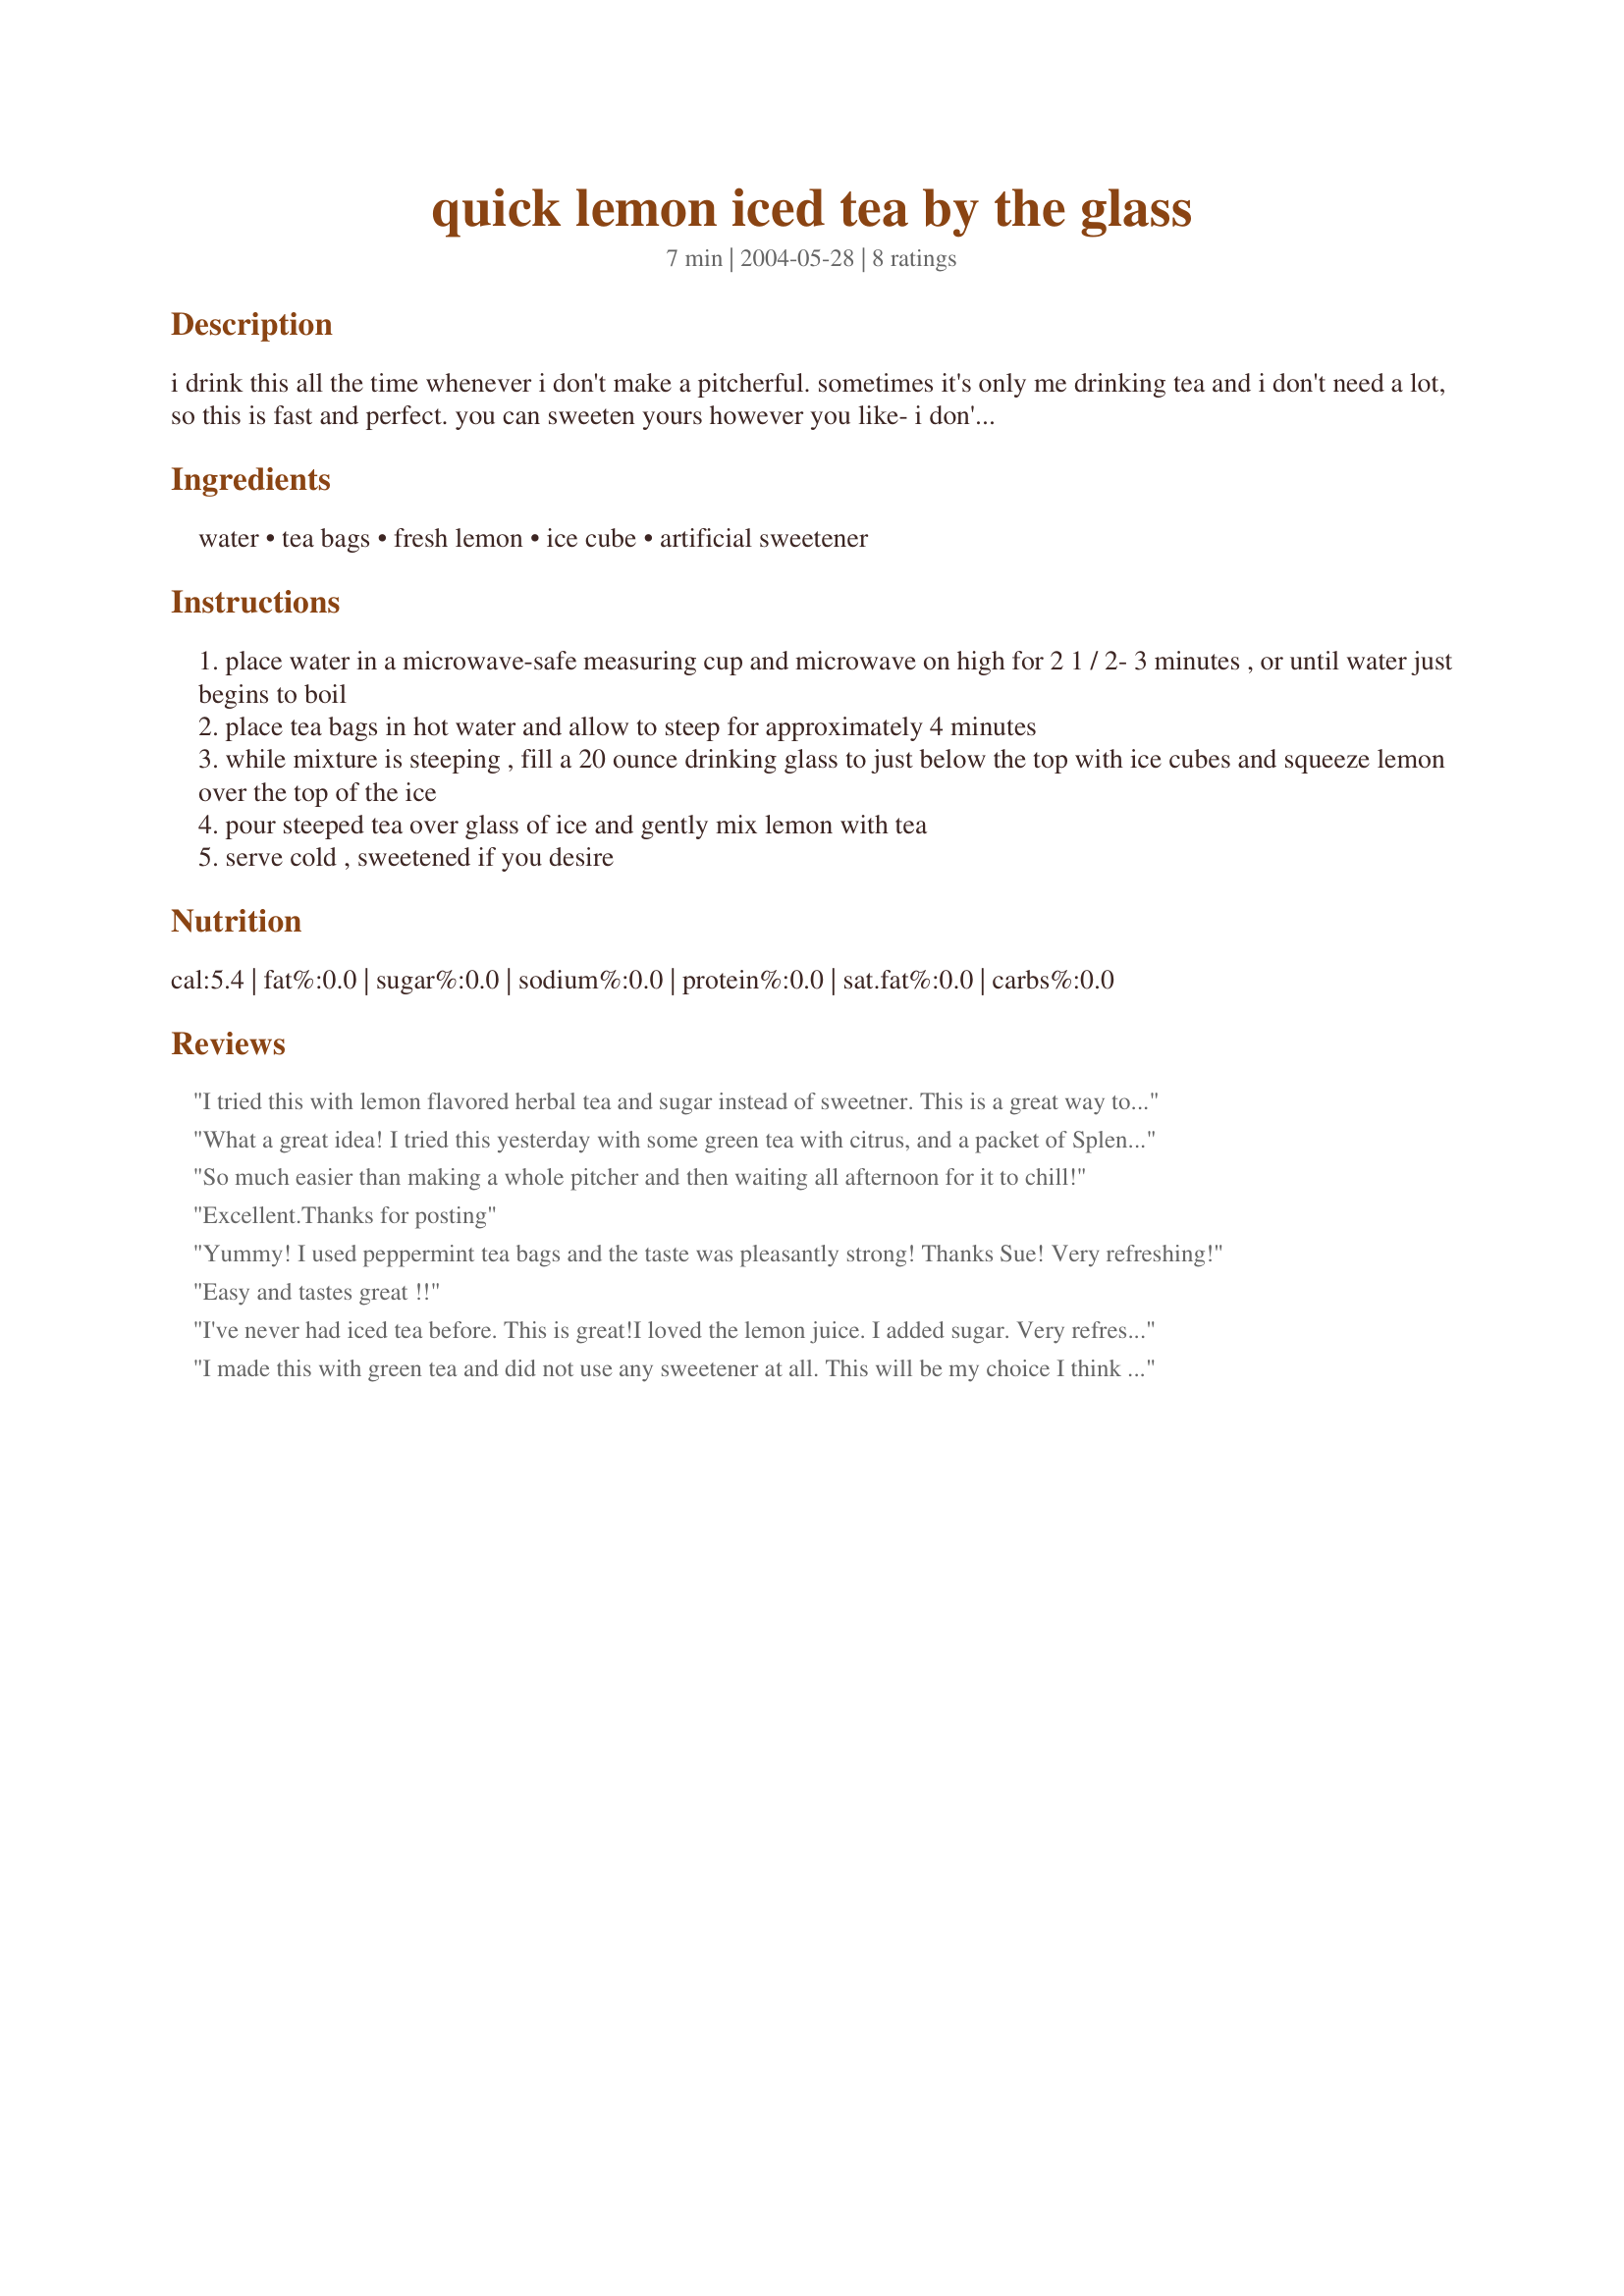
quick lemon iced tea by the glass
Preparation time: 7 minutes

i drink this all the time whenever i don't make a pitcherful. sometimes it's only me drinking tea and i don't need a lot, so this is fast and perfect. you can sweeten yours however you like- i don't. i also like this much lemon, but you can use a little less if you like a milder lemon taste. i use luzianne (black) tea, but sometimes i mix one of the tea bags up with an herbal, flavored tea, like blackberry.

Ingredients:
water, tea bags, fresh lemon, ice cube, artificial sweetener

Steps:
place water in a microwave-safe measuring cup and microwave on high for 2 1 / 2- 3 minutes , or until water just begins to boil
place tea bags in hot water and allow to steep for approximately 4 minutes
while mixture is steeping , fill a 20 ounce drinking glass to just below the top with ice cubes and squeeze lemon over the top of the ice
pour steeped tea over glass of ice and gently mix lemon with tea
serve cold , sweetened if you desire

Reviews:
I tried this with lemon flavored herbal tea and sugar instead of sweetner. This is a great way to make iced tea for one. Thanks for the easy recipe and idea!
What a great idea! I tried this yesterday with some green tea with citrus, and a packet of Splenda. Since I'm the only one in the house who likes iced tea, this was the perfect solution. Thanks Sue, I'll be making this on a daily basis this summer.
So much easier than making a whole pitcher and then waiting all afternoon for it to chill!
Excellent.Thanks for posting
Yummy! I used peppermint tea bags and the taste was pleasantly strong! Thanks Sue! Very refreshing!
Easy and tastes great !!
I've never had iced tea before. This is great!I loved the lemon juice. I added sugar. Very refreshing!
I made this with green tea and did not use any sweetener at all. This will be my choice I think now in the hot weather.
